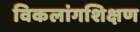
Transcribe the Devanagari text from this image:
विकलांगशिक्षण